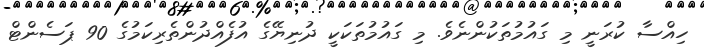
ހިއްސާ ކުރަނީ މި ގައުމުތަކުންނެވެ. މި ގައުމުތަކަކީ ދުނިޔޭގެ އުފެއްދުންތެރިކަމުގެ 90 ޕަސެންޓް